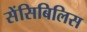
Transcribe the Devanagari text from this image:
सेंसिबिलिस